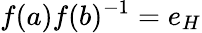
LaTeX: f(a)f(b)^{-1}=e_{H}